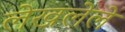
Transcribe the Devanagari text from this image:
लेखलेले